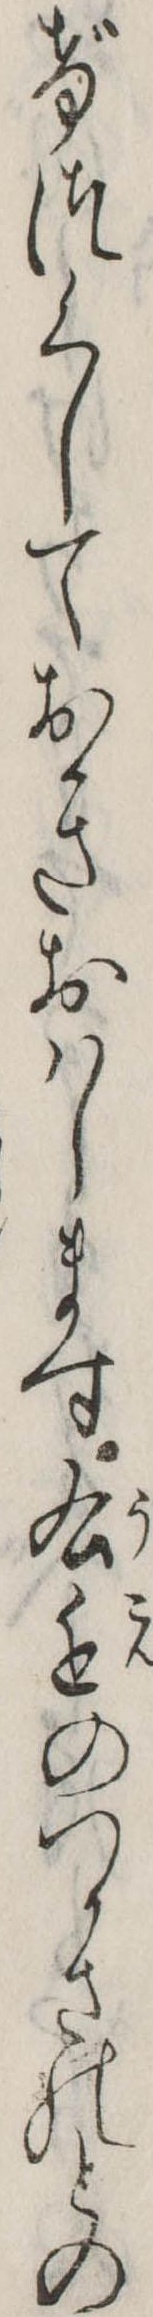
げつくしておきおはします右近のつかさのとの